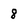
Character: 8